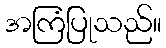
အကြံပြုသည်။